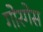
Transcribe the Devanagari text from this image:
गोरगेस